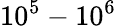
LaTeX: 10^{5}-10^{6}